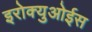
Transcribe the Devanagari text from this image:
इरोक्युओईस